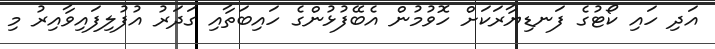
އަދި ހައި ކޯޓުގެ ފަނޑިޔާރަކަށް ހޮވުމުން އެބޭފުޅުންގެ ހައިބަތާއި ގަދަރު އުފުލިފައިވާއިރު މި